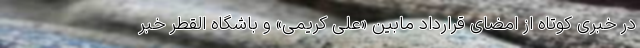
در خبری کوتاه از امضای قرارداد مابین «علی کریمی» و باشگاه القطر خبر